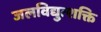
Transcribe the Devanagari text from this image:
जलविद्युत्शक्ति